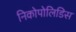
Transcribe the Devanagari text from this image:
निकोपोलिडिस